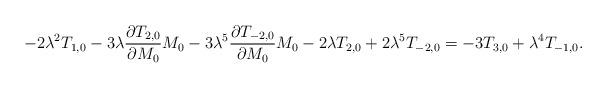
LaTeX: \begin{align*}-2\lambda^2T_{1,0}-3\lambda\frac{\partial T_{2,0}}{\partial M_0}M_0-3\lambda^5\frac{\partial T_{-2,0}}{\partial M_0}M_0-2\lambda T_{2,0}+2\lambda^5T_{-2,0}=-3T_{3,0} +\lambda^4T_{-1,0}.\end{align*}